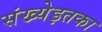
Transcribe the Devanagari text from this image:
संख्येइतका